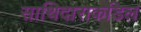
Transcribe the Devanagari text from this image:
साथिदाराकडिल